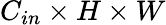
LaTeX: C_{in}\times H\times W